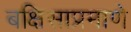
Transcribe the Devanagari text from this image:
बक्षिसाप्रमाणे